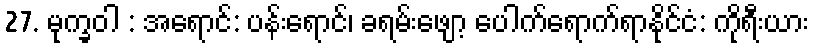
27. မုက္ခဝါ : အရောင်: ပန်းရောင်၊ ခရမ်းဖျော့ ပေါက်ရောက်ရာနိုင်ငံ: ကိုရီးယား